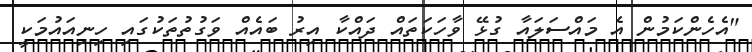
"އެހެންކަމުން އެ މައްސަލައާ ގުޅޭ ވާހަކަތައް ދައްކާ އިރު ބައެއް ވަގުތުތަކުގައި ހިނިއައުމަކީ